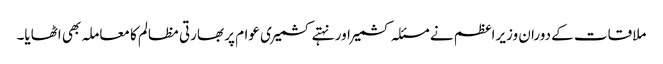
ملاقات کے دوران وزیراعظم نے مسئلہ کشمیر اور نہتے کشمیری عوام پر بھارتی مظالم کا معاملہ بھی اٹھایا۔